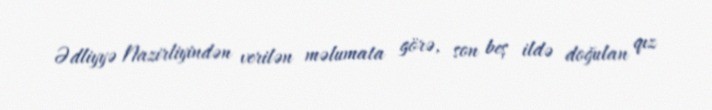
Ədliyyə Nazirliyindən verilən məlumata görə, son beş ildə doğulan qız